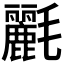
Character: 𣰿